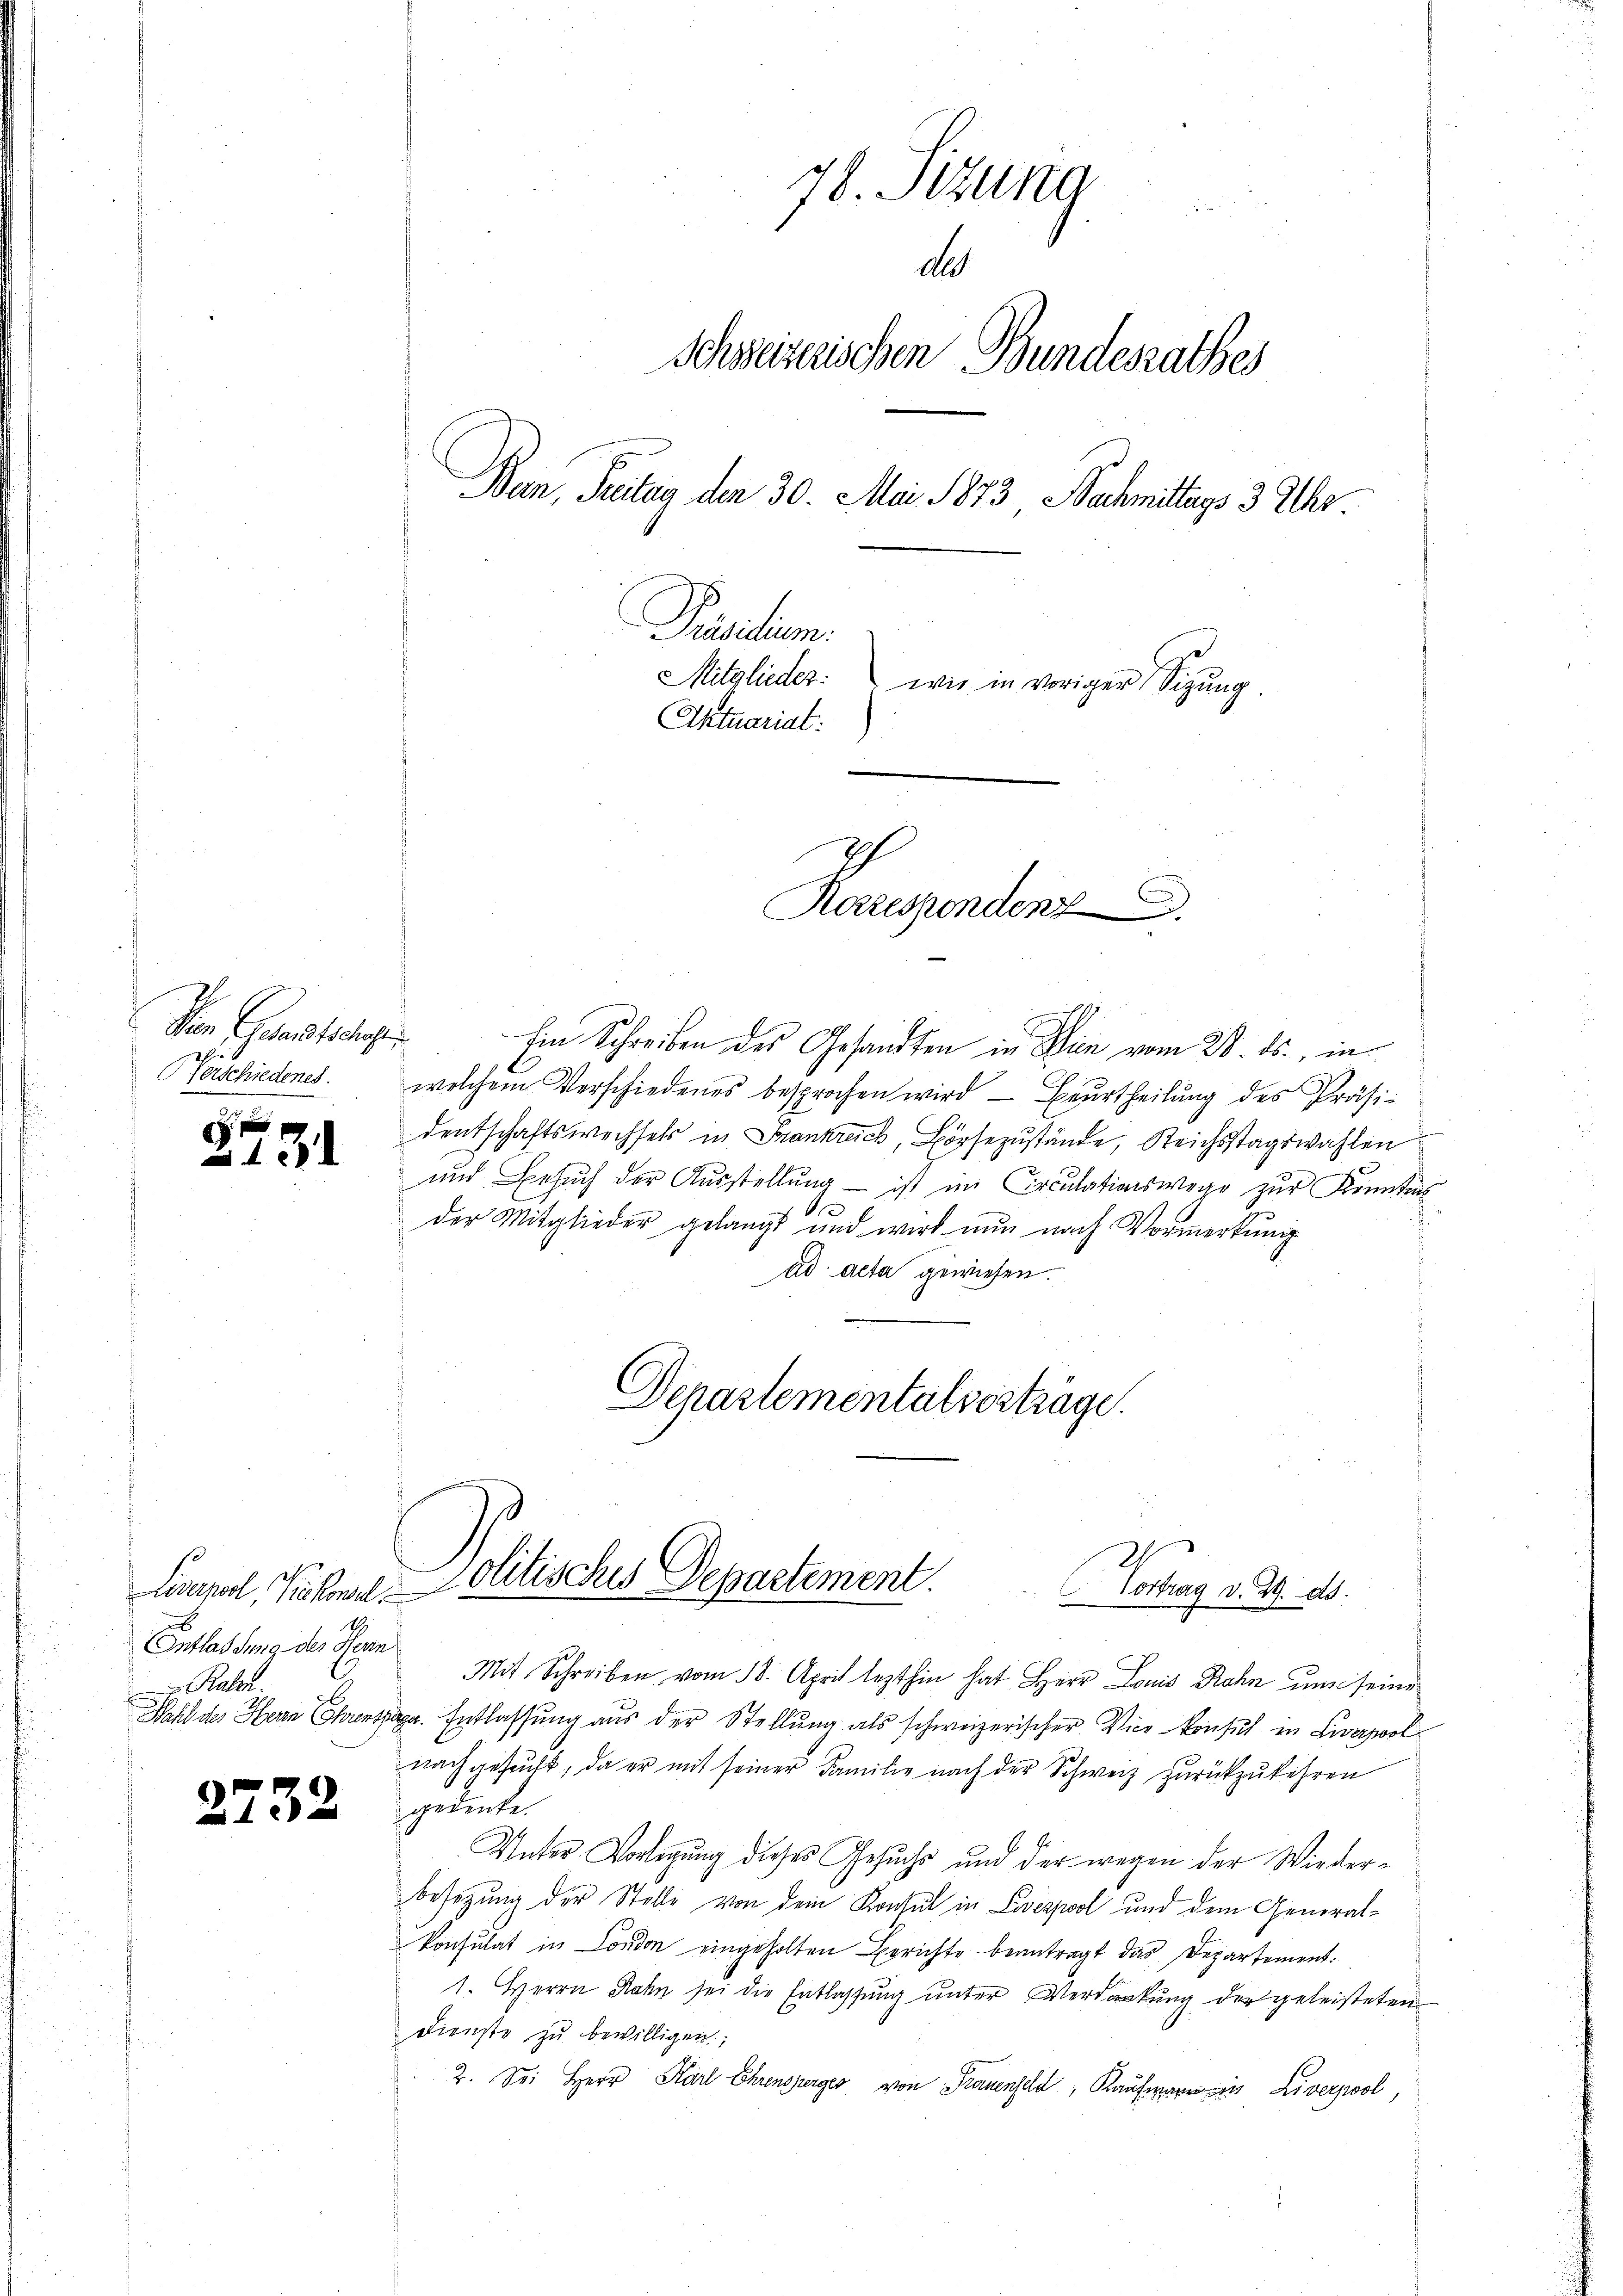
Von Gesandteiliger
Verschiedenes.

n

ff
4

31

Levapa, Kiekonsel
Entlassung des Herrn
 Raben

732

Ein Schreiben des Gesandten in Wien vom 28. ds., in
welchem Verschiedenes besprochen wird — Beurtheilung des Präsi-
dentschaftswechsels in Frankreich, Börsezustände, Reichsstagswahlen
und Besuch der Ausstellung — ist im Circulationswege zur Kenntnis
der Mitglieder gelangt und wird nun nach Vormerkŭng
ad acta gewiesen.
Departementatsorträge.

78. Sizung
d
Schweizerischen Bundesrathes
Ban, Seiten den 30. Mai 1873, Nachmittags 3 Uhr.
Prasilien.
Mitglieder: wie in voriger Sitzŭng.
Aktuariat:

Korrespondenz

Politisches Departement.
Vortrag v. 29. ds.

Mit Schreiben vom 18. April lezthin hat Herr Louis Rohn uns seine
Wahl des Hern Ehrentia. Entlassung aus der Stellung als schweizerischer Vice-Konsul in Liverpol
nach gesucht, da er mit seiner Familie nach der Schweiz zurückzukehren
gedenke.
Unter Vorlegung dieses Gesuchs und der wegen der Wiederbesetzung der Stelle von dem Konsul in Zwerpool und dem Generalkonsulat in London eingeholten Berichte beantragt das Departement.
1. Herrn Rahn sei die Entlassung unter Verdankung der geleisteten
Dienste zŭ bewilligen;
2. Sei Herr Karl Ehrensperger von Frauenfeld, Kaufmann in Liverwol,